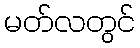
မတ်လတွင်